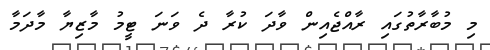
މި މުބާރާތުގައި ރާއްޖެއިން ވާދަ ކުރާ ދެ ވަނަ ޓީމު މާޒިޔާ މާދަމާ